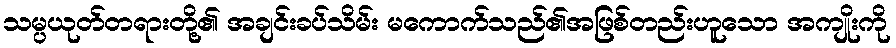
သမ္ပယုတ်တရားတို့၏ အချင်းခပ်သိမ်း မကောက်သည်၏အဖြစ်တည်းဟူသော အကျိုးကို